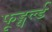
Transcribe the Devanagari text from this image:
फूड्वर्ल्ड